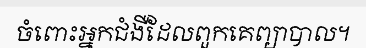
ចំពោះអ្នកជំងឺដែលពួកគេព្យាបាល។